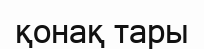
қонақ тары